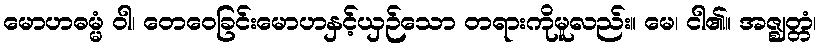
မောဟဓမ္မံ ဝါ၊ တေဝေခြင်းမောဟနှင့်ယှဉ်သော တရားကိုမူလည်း။ မေ၊ ငါ၏။ အဇ္ဈတ္တံ၊